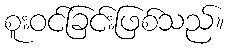
စူးဝင်ခြင်းဖြစ်သည်။